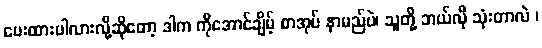
ပေးထားပါလားလို့ဆိုတော့ ဒါက ကိုအောင်ချိမ့် စာအုပ် နာမည်ပဲ၊ သူတို့ ဘယ်လို သုံးတာလဲ ၊